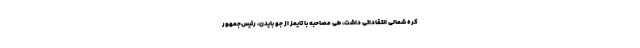
کره شمالی انتقاداتی داشت، طی مصاحبه با تایمز از جو بایدن، رئیس‌جمهور